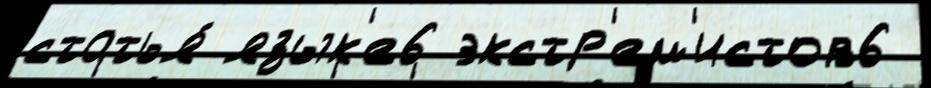
статья́ язык'е6 экстр'ем'истов6